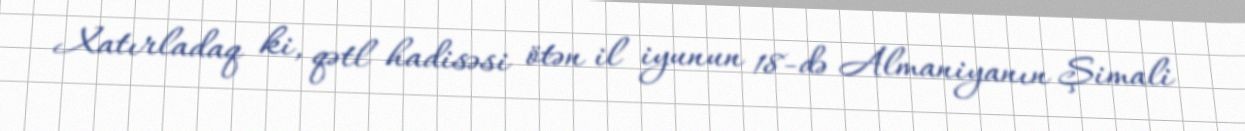
Xatırladaq ki, qətl hadisəsi ötən il iyunun 18-də Almaniyanın Şimali